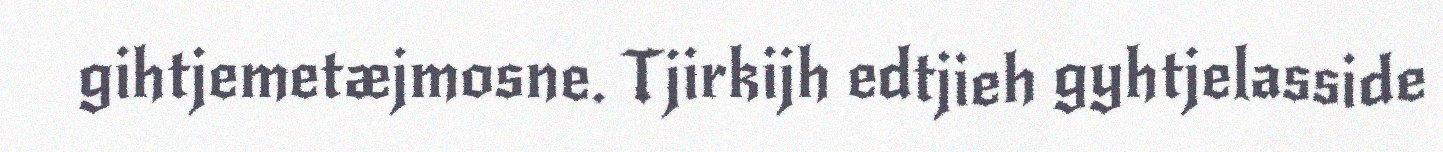
gihtjemetæjmosne. Tjirkijh edtjieh gyhtjelasside